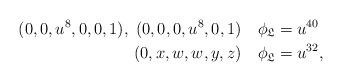
LaTeX: \begin{align*}(0,0,u^8,0,0,1),\;(0,0,0,u^8,0,1) &\quad\phi_{\mathfrak{L}} = u^{40}\\(0,x,w,w,y,z)&\quad\phi_{\mathfrak{L}} = u^{32},\end{align*}